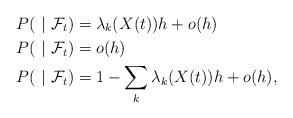
LaTeX: \begin{align*}P(\ | \ \mathcal{F}_t) &= \lambda_k(X(t)) h + o(h)\\P(\ | \ \mathcal{F}_t) &= o(h)\\P(\ | \ \mathcal{F}_t) &=1 - \sum_{k}\lambda_k(X(t)) h + o(h),\end{align*}